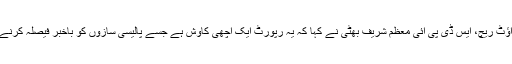
ڈائریکٹر ایڈوکیسی اینڈ آؤٹ ریچ، ایس ڈی پی آئی معظم شریف بھٹی نے کہا کہ یہ رپورٹ ایک اچھی کاوش ہے جسے پالیسی سازوں کو باخبر فیصلہ کرنے میں معاونت ملے گی ۔